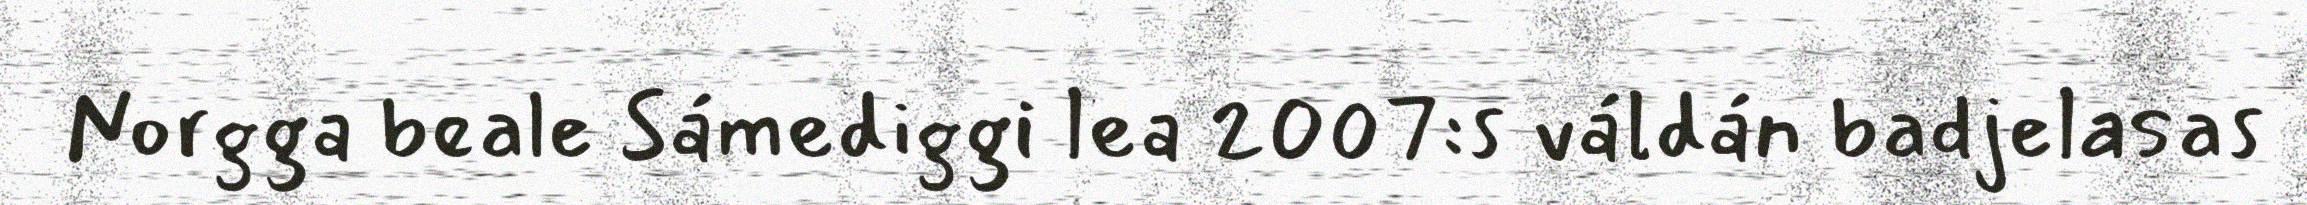
Norgga beale Sámediggi lea 2007:s váldán badjelasas